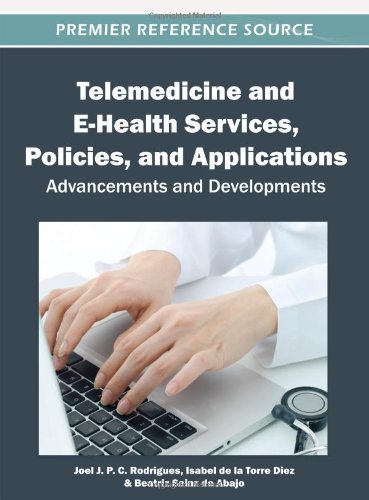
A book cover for Telemedicine and E-Health Services, Policies and Applications: Advancements and Developments; Joel J. P. C. Rodrigues; Medical Books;